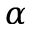
\alpha